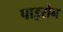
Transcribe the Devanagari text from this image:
पाइरोन